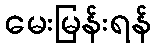
မေးမြန်းရန်